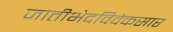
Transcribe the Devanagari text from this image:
जातीभेदविवेकसार